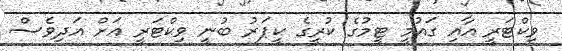
ވިކްޓަރީ އާއި ގައުމީ ޓީމުގެ ކުރީގެ ކީޕަރު ބުނީ ވިކްޓަރީ އަށް އަދިވެސް